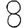
Digit: 8